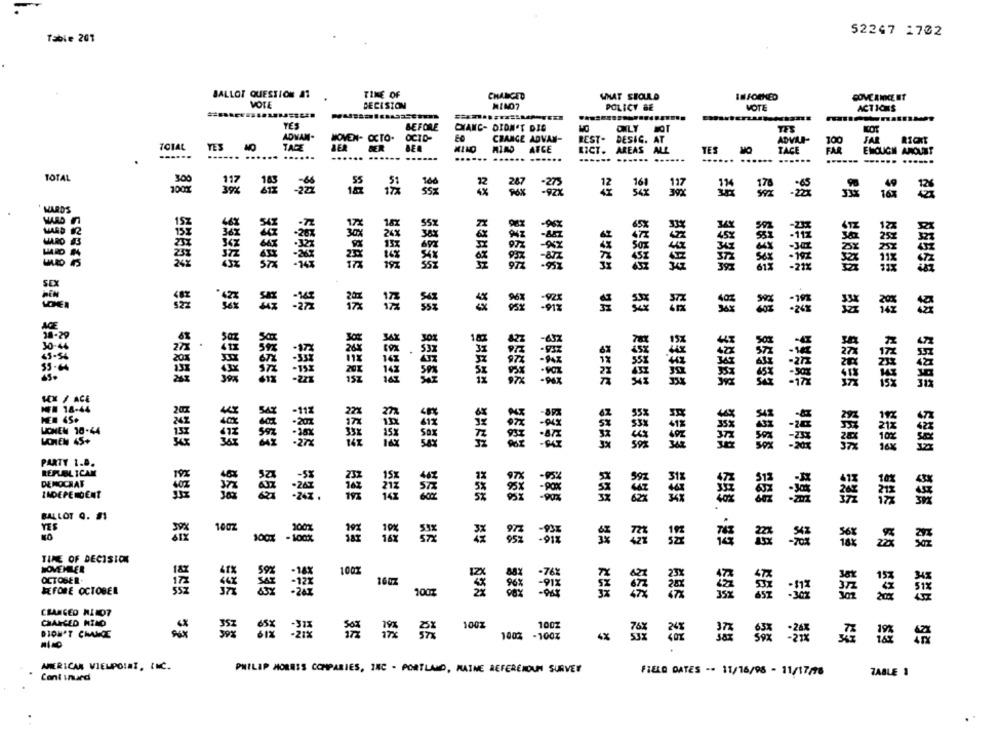
52247 1702
Table 201
BALLOT QUESTION AT .
TIME OF
CHANGED
WHAT SHOULD
COVER NKE ET
VOIE
DECISION
POLICY BE
MOTE
ACTIONS
YES
BEFORE
CYANC- DIDN'T DIG
ADVAN-
WOVEN- OCTO.
OCTO-
EC
CHANGE ADVAN-
REST-
DESIG. AT
ADVLI-
100
FAR
TOTAL
YES
NO
TAGE
ATCE
LICT.
TES
TACE
--....
...
....
.. ....
......
AREAS ALL
ENOUGH AMOUNT
..
..
......
...... ......
TOTAL
300
100%
22
. WARDS
152
15
122
30x
153
115
36-29
120
30:46
55-64
HX / ACE
MEN 18-44
JONEN 18-44
MORTEN 45+
27
20
PARTY 1.8.
REPUBLICAN
DEMOCRAT
INDEPENDENT
BALLOT Q. #1
YES
100Z
100
TIME OF DECISION
HOVEHLER
OCTOBER-
100%
BEFORE OCTOBER
100%
554
CHANGED NILO7
CHANGED MIND
100Z
100Z
DIDN'T CHAMDE
100%
-100%
AMERICAN VIEMPOINT, INC.
PHILIP MORRIS COMPANIES, INC . PORTLAND, MAINE REFEREIOUN SURVEY
FIELD DATES -- 11/16/95 - 11/17/16
TABLE 1
Continued